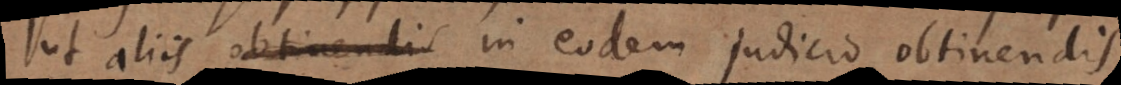
ut aliis obtinendis in eodem judicio obtinendis